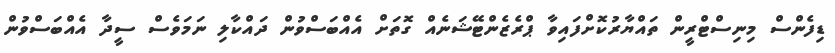
ޑިފެންސް މިނިސްޓްރީން ތައްޔާރުކޮށްފައިވާ ޕްރެޒެންޓޭޝަނެއް ގޮތަށް އެއްބަސްވުން ދައްކާލި ނަމަވެސް ސީދާ އެއްބަސްވުން